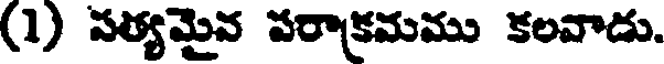
(1) సత్యమైన పరాక్రమము కలవాడు.